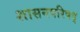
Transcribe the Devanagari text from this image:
शासनपरिषद्